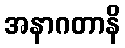
အနာဂတာနိ